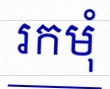
រកមុំ